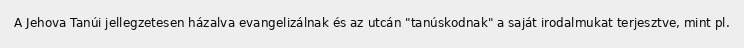
A Jehova Tanúi jellegzetesen házalva evangelizálnak és az utcán "tanúskodnak" a saját irodalmukat terjesztve, mint pl.